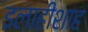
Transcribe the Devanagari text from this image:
इलाहीशाह